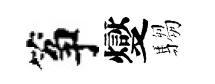
筝燮騶